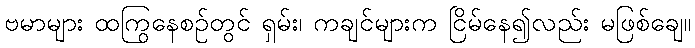
ဗမာများ ထကြွနေစဉ်တွင် ရှမ်း၊ ကချင်များက ငြိမ်နေ၍လည်း မဖြစ်ချေ။